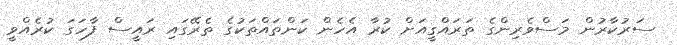
ސަރުކާރުން މަސްވެރިންގެ ތަރައްގީއަށް ކުރާ އެހެން ކަންތައްތަކުގެ ތެރޭގައި ރައީސް ފާހަގަ ކުރެއްވީ